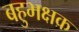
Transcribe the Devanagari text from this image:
बहुभक्षक